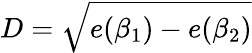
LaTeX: D=\sqrt{e(\beta_{1})-e(\beta_{2})}